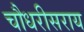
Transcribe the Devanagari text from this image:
चौधरीसराय